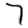
Digit: 7